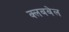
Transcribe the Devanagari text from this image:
क्लबबेल